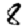
Digit: 8